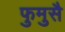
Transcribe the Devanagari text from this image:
फुमुसै